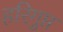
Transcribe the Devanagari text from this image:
हरिगुप्त